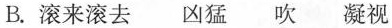
B.滚来滚去凶猛吹凝视